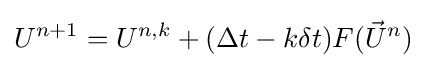
U^{n+1}=U^{n,k}+(\Delta t-k\delta t)F({\vec {U}}^{n})